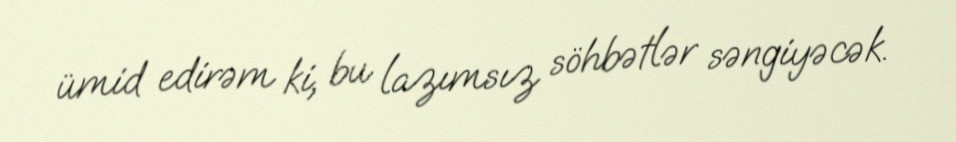
ümid edirəm ki, bu lazımsız söhbətlər səngiyəcək.